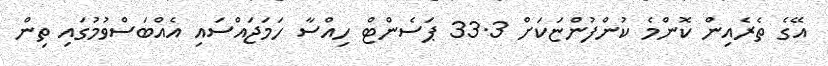
އޭގެ ތެރެއިން ކޮންމެ ކުންފުންޏަކަށް 33.3 ޕަސެންޓް ހިއްސާ ހަމަޖައްސައި އެއްބަސްވުމުގައި ތިން